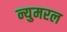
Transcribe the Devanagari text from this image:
न्युमरल